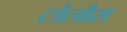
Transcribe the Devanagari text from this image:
टोलौस